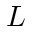
L